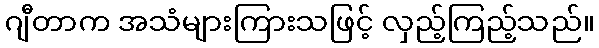
ဂျီတာက အသံများကြားသဖြင့် လှည့်ကြည့်သည်။